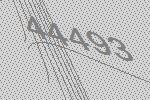
44493